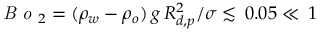
\textit { B o } _ { 2 } = ( \rho _ { w } - \rho _ { o } ) \, g \, R _ { d , p } ^ { 2 } / \sigma \lesssim \, 0 . 0 5 \ll \, 1